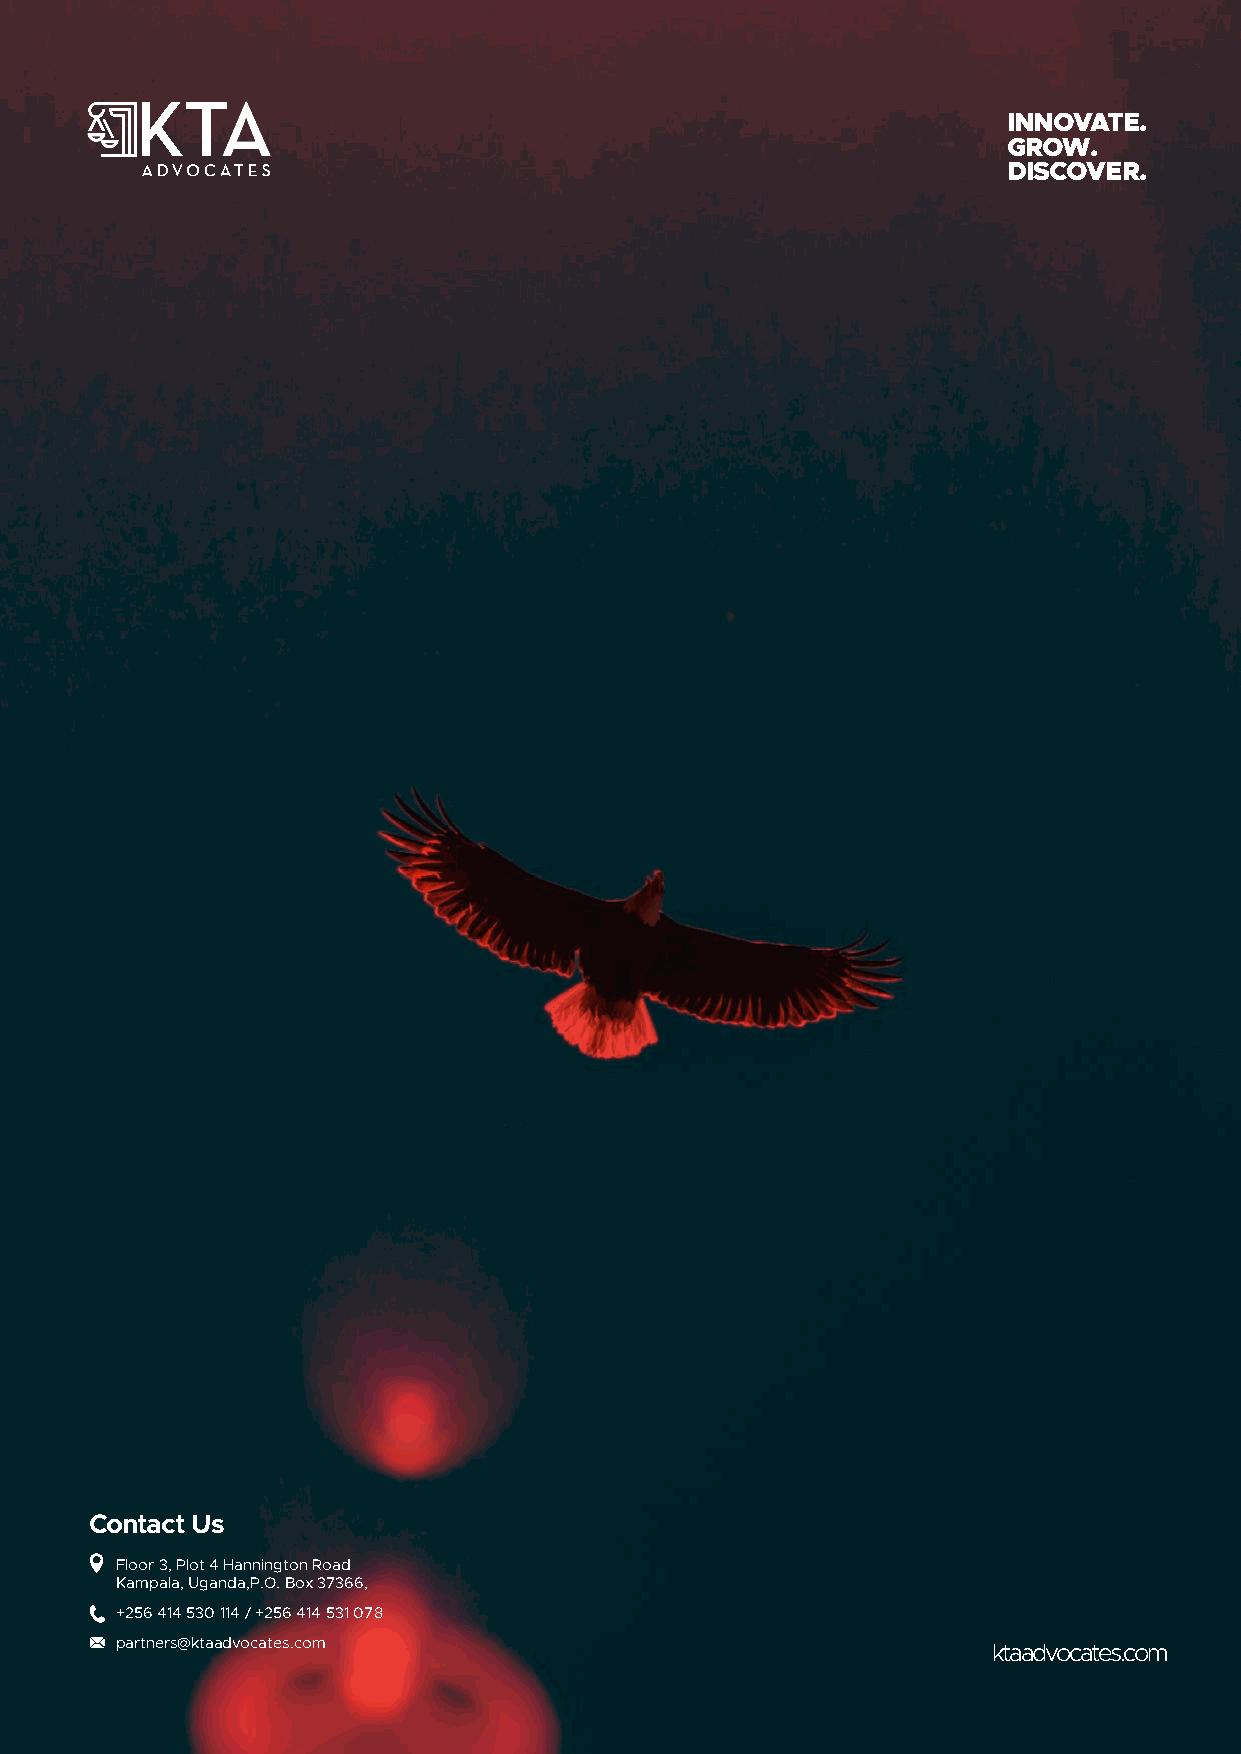
INNOVATE.
 GROW.
 DISCOVER.
 Contact Us
 Floor 3, Plot 4 Hannington Road
 Kampala, Uganda,P.O. Box 37366,
 +256 414 530 114 / +256 414 531 078
 partners@ktaadvocates.com                                 ktaadvocates.com